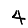
Digit: 4